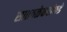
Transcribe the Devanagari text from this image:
सातवळेकरांकडे